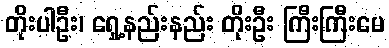
တိုးပါဦး၊ ရှေ့နည်းနည်း တိုးဦး ကြီးကြီးမေ